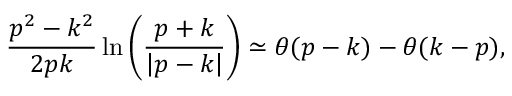
{ \frac { p ^ { 2 } - k ^ { 2 } } { 2 p k } } \ln \left( { \frac { p + k } { \left| p - k \right| } } \right) \simeq \theta ( p - k ) - \theta ( k - p ) ,